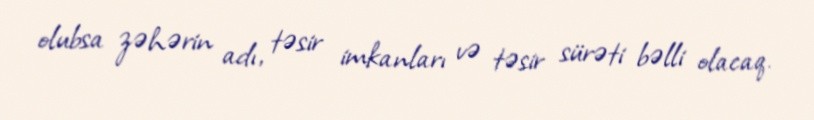
olubsa zəhərin adı, təsir imkanları və təsir sürəti bəlli olacaq.